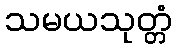
သမယသုတ္တံ